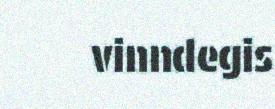
vinndegis